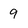
Character: 9